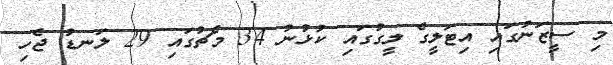
މި ސީޒަނުގައި އިޓަލީގެ ލީގުގައި ކުޅުނު 34 މެޗުގައި 29 ލަނޑު ޖެހި